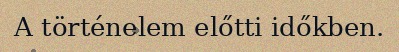
A történelem előtti időkben.